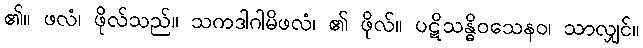
၏။ ဖလံ၊ ဖိုလ်သည်။ သကဒါဂါမိဖလံ၊ ၏ ဖိုလ်။ ပဋိသန္ဓိဝသေနဝ၊ သာလျှင်။